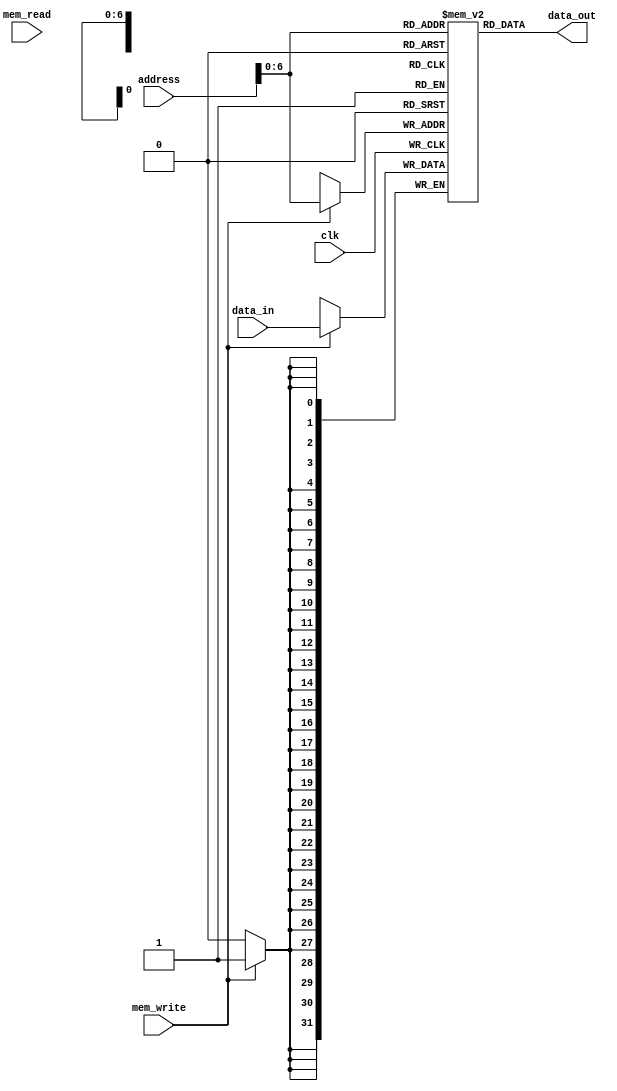
module memory2(clk, mem_read, mem_write, address, data_in, data_out);
  input  clk, mem_read, mem_write;
  input  [31:0] address, data_in;
  output [31:0] data_out;
 integer i;

  reg [31:0] mem_array [0:127];
  
initial begin
for (i=0; i<128; i=i+1)
		mem_array[i] <= i;
	
end
	
  always @(posedge clk)
  begin
	if(mem_write)
		mem_array[address] <= data_in;
  end

  assign data_out = mem_array[address];
endmodule